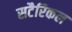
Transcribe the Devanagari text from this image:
सटैरिकल